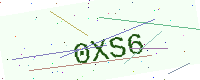
Text: 0XS6